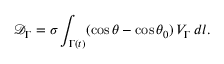
\mathcal { D } _ { \Gamma } = \sigma \int _ { \Gamma ( t ) } ( \cos \theta - \cos \theta _ { 0 } ) \, V _ { \Gamma } \, d l .